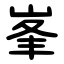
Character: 峯